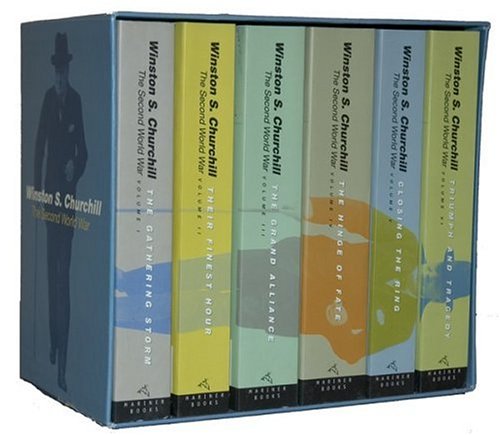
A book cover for The Second World War; Winston S. Churchill; History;